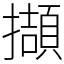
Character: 擷